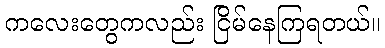
ကလေးတွေကလည်း ငြိမ်နေကြရတယ်။